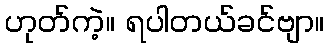
ဟုတ်ကဲ့။ ရပါတယ်ခင်ဗျာ။